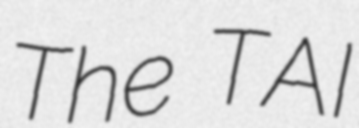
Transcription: The TAI